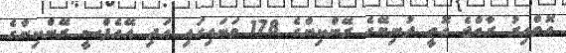
އޮތްއިރު ރާއްޖެ އޮތީ ދުނިޔޭގެ ރޭންކިންގެ 178 ވަނައިގައި އަދި އޭއެފްސީ ރޭންކިންގެ